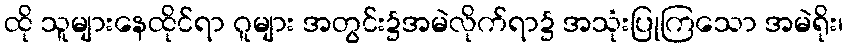
ထို သူများနေထိုင်ရာ ဂူများ အတွင်း၌အမဲလိုက်ရာ၌ အသုံးပြုကြသော အမဲရိုး၊